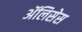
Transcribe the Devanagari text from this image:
ॲलिसेस